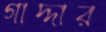
গাদ্দার